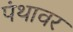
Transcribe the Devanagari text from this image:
पंथावर